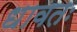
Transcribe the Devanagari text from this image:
धावतः